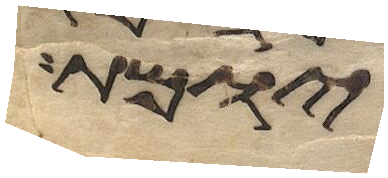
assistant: יומת